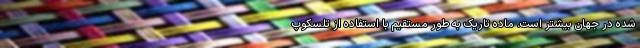
شده در جهان بیشتر است. ماده تاریک به‌ طور مستقیم با استفاده از تلسکوپ